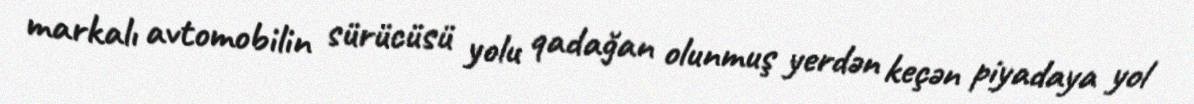
markalı avtomobilin sürücüsü yolu qadağan olunmuş yerdən keçən piyadaya yol